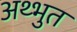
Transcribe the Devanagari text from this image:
अथ्भुत